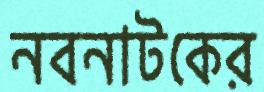
নবনাটকের